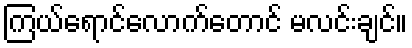
ကြယ်ရောင်လောက်တောင် မလင်းချင်။